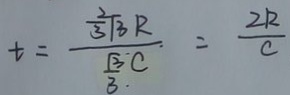
t = \frac { \frac { 2 } { 3 } \sqrt { 3 } R } { \frac { \sqrt { 3 } } { 3 . } C } = \frac { 2 R } { c }